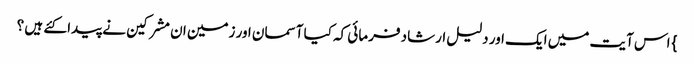
} اس آیت میں ایک اور دلیل ارشاد فرمائی کہ کیا آسمان اور زمین ان مشرکین نے پیدا کئے ہیں ؟